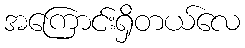
အကြောင်းရှိတယ်လေ